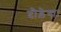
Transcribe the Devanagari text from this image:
दौड़ेगा।